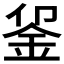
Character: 𬫅